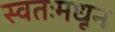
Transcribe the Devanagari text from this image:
स्वतःमधून